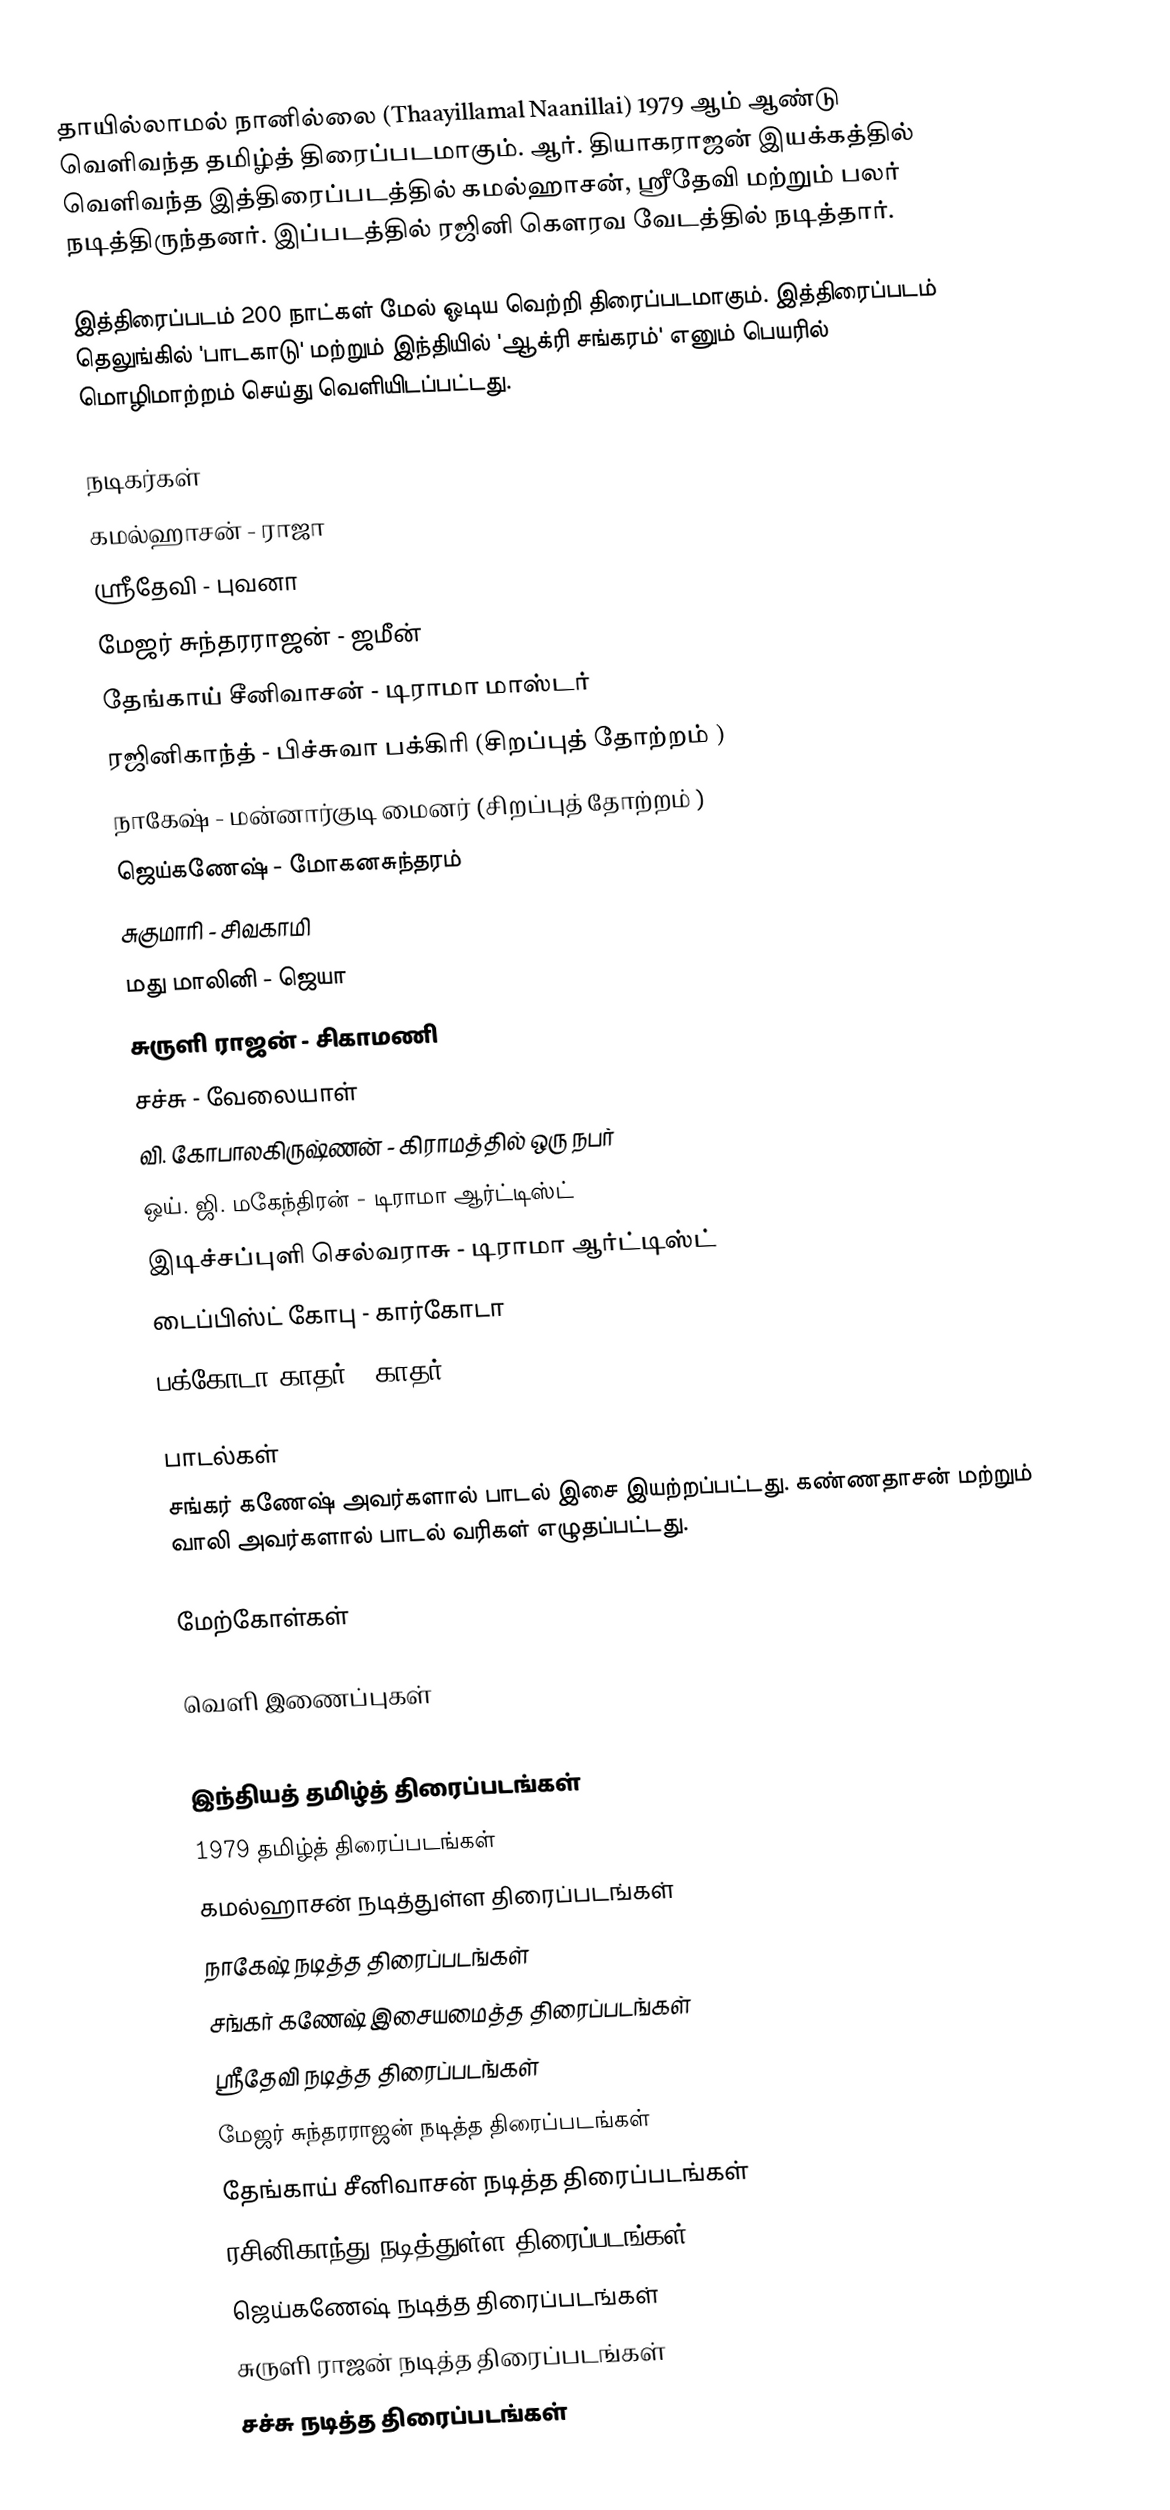
தாயில்லாமல் நானில்லை (Thaayillamal Naanillai) 1979 ஆம் ஆண்டு வெளிவந்த தமிழ்த் திரைப்படமாகும். ஆர். தியாகராஜன் இயக்கத்தில் வெளிவந்த இத்திரைப்படத்தில் கமல்ஹாசன், ஸ்ரீதேவி மற்றும் பலர் நடித்திருந்தனர். இப்படத்தில் ரஜினி கௌரவ வேடத்தில் நடித்தார்.

இத்திரைப்படம் 200 நாட்கள் மேல் ஓடிய வெற்றி திரைப்படமாகும். இத்திரைப்படம் தெலுங்கில் 'பாடகாடு' மற்றும் இந்தியில் 'ஆக்ரி சங்கரம்' எனும் பெயரில் மொழிமாற்றம் செய்து வெளியிடப்பட்டது.

நடிகர்கள்
கமல்ஹாசன் - ராஜா
ஸ்ரீதேவி - புவனா
மேஜர் சுந்தரராஜன் - ஜமீன்
தேங்காய் சீனிவாசன் - டிராமா மாஸ்டர்
ரஜினிகாந்த் - பிச்சுவா பக்கிரி (சிறப்புத் தோற்றம் )
நாகேஷ் - மன்னார்குடி மைனர் (சிறப்புத் தோற்றம் )
ஜெய்கணேஷ் - மோகனசுந்தரம்
சுகுமாரி - சிவகாமி
மது மாலினி - ஜெயா
சுருளி ராஜன் - சிகாமணி
சச்சு - வேலையாள்
வி. கோபாலகிருஷ்ணன் - கிராமத்தில் ஒரு நபர்
ஒய். ஜி. மகேந்திரன் - டிராமா ஆர்ட்டிஸ்ட்
இடிச்சப்புளி செல்வராசு - டிராமா ஆர்ட்டிஸ்ட்
டைப்பிஸ்ட் கோபு - கார்கோடா
பக்கோடா காதர் - காதர்

பாடல்கள்
சங்கர் கணேஷ் அவர்களால் பாடல் இசை இயற்றப்பட்டது. கண்ணதாசன் மற்றும் வாலி அவர்களால் பாடல் வரிகள் எழுதப்பட்டது.

மேற்கோள்கள்

வெளி இணைப்புகள்

இந்தியத் தமிழ்த் திரைப்படங்கள்
1979 தமிழ்த் திரைப்படங்கள்
கமல்ஹாசன் நடித்துள்ள திரைப்படங்கள்
நாகேஷ் நடித்த திரைப்படங்கள்
சங்கர் கணேஷ் இசையமைத்த திரைப்படங்கள்
ஸ்ரீதேவி நடித்த திரைப்படங்கள்
மேஜர் சுந்தரராஜன் நடித்த திரைப்படங்கள்
தேங்காய் சீனிவாசன் நடித்த திரைப்படங்கள்
ரசினிகாந்து நடித்துள்ள திரைப்படங்கள்
ஜெய்கணேஷ் நடித்த திரைப்படங்கள்
சுருளி ராஜன் நடித்த திரைப்படங்கள்
சச்சு நடித்த திரைப்படங்கள்